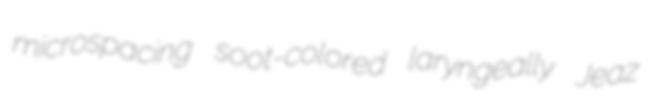
microspacing soot-colored laryngeally Jeaz